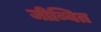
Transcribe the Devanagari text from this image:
जीब्वित